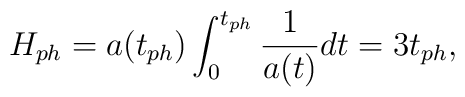
H_{ph}=a(t_{ph})\int^{t_{ph}}_0\frac{1}{a(t)}dt=3t_{ph},